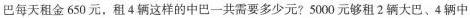
巴每天租金650元，租4辆这样的中巴一共需要多少元?5000元够租2辆大巴、4辆中